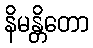
နိမန္တိတော